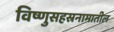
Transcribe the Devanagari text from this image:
विष्णुसहस्रनामातील